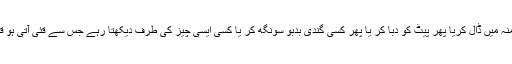
لھذا جس نے بھی جان بوجھ کراپنی انگلی منہ میں ڈال کریا پھر پیٹ کو دبا کر یا پھر کسی گندی بدبو سونگھ کر یا کسی ایسی چيز کی طرف دیکھتا رہے جس سے قئی آتی ہو قئي کردی تو اس پر روزہ کی قضاء ہوگی ۔